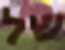
של